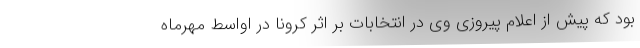
بود که پیش از اعلام پیروزی وی در انتخابات بر اثر کرونا در اواسط مهرماه